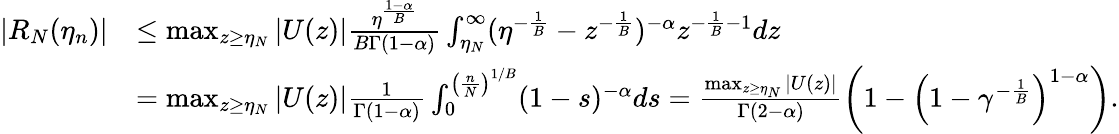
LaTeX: \begin{array}{rl}{|R_{N}(\eta_{n})|}&{\leq\operatorname*{max}_{z\geq\eta_{N}}|U(z)|\frac{\eta^{\frac{1-\alpha}{B}}}{B\Gamma(1-\alpha)}\int_{\eta_{N}}^{\infty}(\eta^{-\frac{1}{B}}-z^{-\frac{1}{B}})^{-\alpha}z^{-\frac{1}{B}-1}dz}\\ &{=\operatorname*{max}_{z\geq\eta_{N}}|U(z)|\frac{1}{\Gamma(1-\alpha)}\int_{0}^{\left(\frac{n}{N}\right)^{1/B}}(1-s)^{-\alpha}ds=\frac{\operatorname*{max}_{z\geq\eta_{N}}|U(z)|}{\Gamma(2-\alpha)}\left(1-\left(1-\gamma^{-\frac{1}{B}}\right)^{1-\alpha}\right).}\end{array}